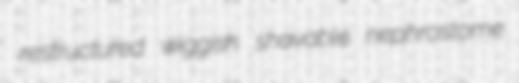
restructured wiggish shavable nephrostome